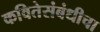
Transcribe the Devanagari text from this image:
कवितेसंबंधीचा